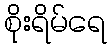
စိုးရိမ်ရေ